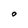
Character: O